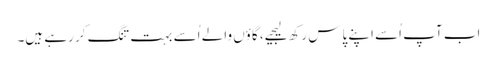
اب آپ اُسے اپنے پاس رکھ لیجیے، گاؤں والے اُسے بہت تنگ کر رہے ہیں۔